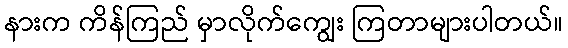
နားက ကိန်ကြည် မှာလိုက်ကျွေး ကြတာများပါတယ်။